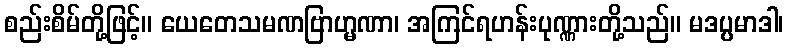
စည်းစိမ်တို့ဖြင့်။ ယေတေသမဏဗြာဟ္မဏာ၊ အကြင်ရဟန်းပုဏ္ဏားတို့သည်။ မဒပ္ပမာဒါ၊